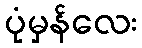
ပုံမှန်လေး